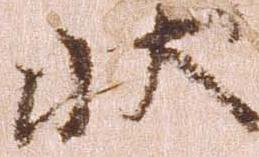
状